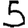
Digit: 5